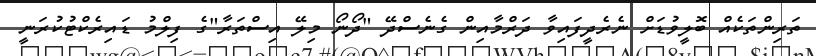
ތަރިންތަކެއް ބޮލީވުޑަށް ނެރެދީފައިވާ ދަރްމާއިން ގެނެސްދޭ "ދޯނޯ މިލޭ އިސްތަރާ"ގެ ފިލްމު ޑައިރެކްޓުކުރަނީ